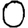
Digit: 0